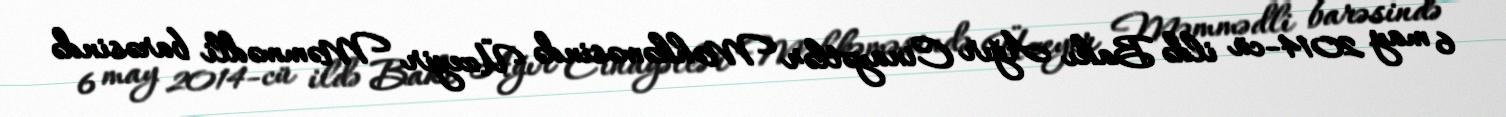
6 may 2014-cü ildə Bakı Ağır Cinayətlər Məhkəməsində Üzeyir Məmmədli barəsində